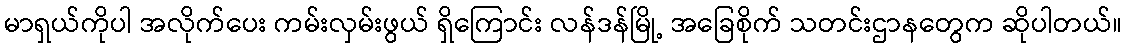
မာရှယ်ကိုပါ အလိုက်ပေး ကမ်းလှမ်းဖွယ် ရှိကြောင်း လန်ဒန်မြို့ အခြေစိုက် သတင်းဌာနတွေက ဆိုပါတယ်။